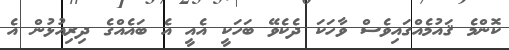
ކޮންމެ ޤައުމެއްގައިވެސް ވާހަކަ ދެކެވޭ ބަހަކީ އެއީ އެ ބައެއްގެ ދިރިއުޅުން އެ